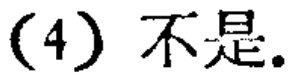
(4) 不是.